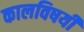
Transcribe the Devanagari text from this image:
कालविषयी